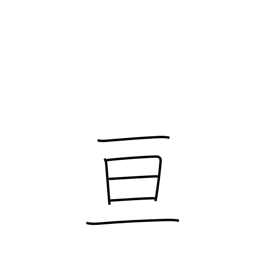
Meaning: extend over